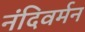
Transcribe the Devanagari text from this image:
नंदिवर्मन